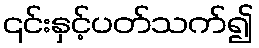
၎င်းနှင့်ပတ်သက်၍